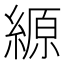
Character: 縓